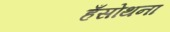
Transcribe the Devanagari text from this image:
हँसोथना